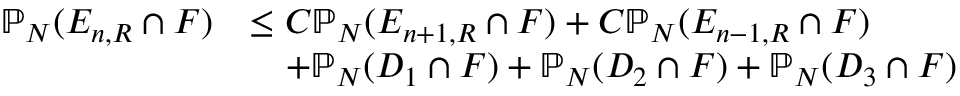
\begin{array} { r l } { \mathbb { P } _ { N } ( E _ { n , R } \cap F ) } & { \leq C \mathbb { P } _ { N } ( E _ { n + 1 , R } \cap F ) + C \mathbb { P } _ { N } ( E _ { n - 1 , R } \cap F ) } \\ & { \quad + \mathbb { P } _ { N } ( D _ { 1 } \cap F ) + \mathbb { P } _ { N } ( D _ { 2 } \cap F ) + \mathbb { P } _ { N } ( D _ { 3 } \cap F ) } \end{array}